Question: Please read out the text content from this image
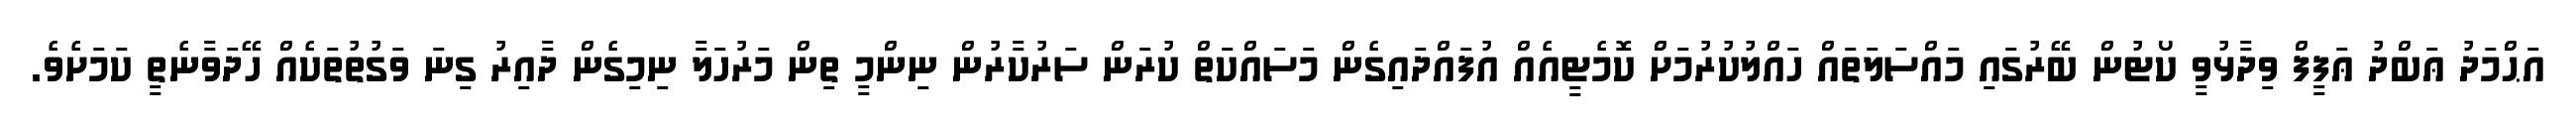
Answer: އަޙްމަދު ޢަބްދު ޢަފީފް ވިދާޅުވީ ކޯޓުން ބޭރުގައި މައްސަލަތައް ހައްލުކުރުމަށް ކޮމެޓީއެއް އުފައްދައިގެން މަސައްކަތް ކުރަން ސަރުކާރުން ނިންމީ ތިން މަރުހަލާ ނިމިގެން ދާއިރު ގިނަ ވަގުތުތަކެއް ހޭދަވާނެތީ ކަމަށެވެ.